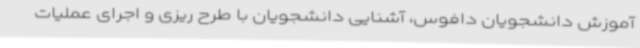
آموزش دانشجویان دافوس، آشنایی دانشجویان با طرح ریزی و اجرای عملیات